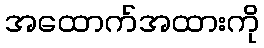
အထောက်အထားကို